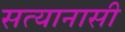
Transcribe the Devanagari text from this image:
सत्यानासी